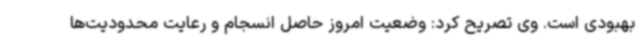
بهبودی است. وی تصریح کرد: وضعیت امروز حاصل انسجام و رعایت محدودیت‌ها